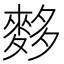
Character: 𪌫